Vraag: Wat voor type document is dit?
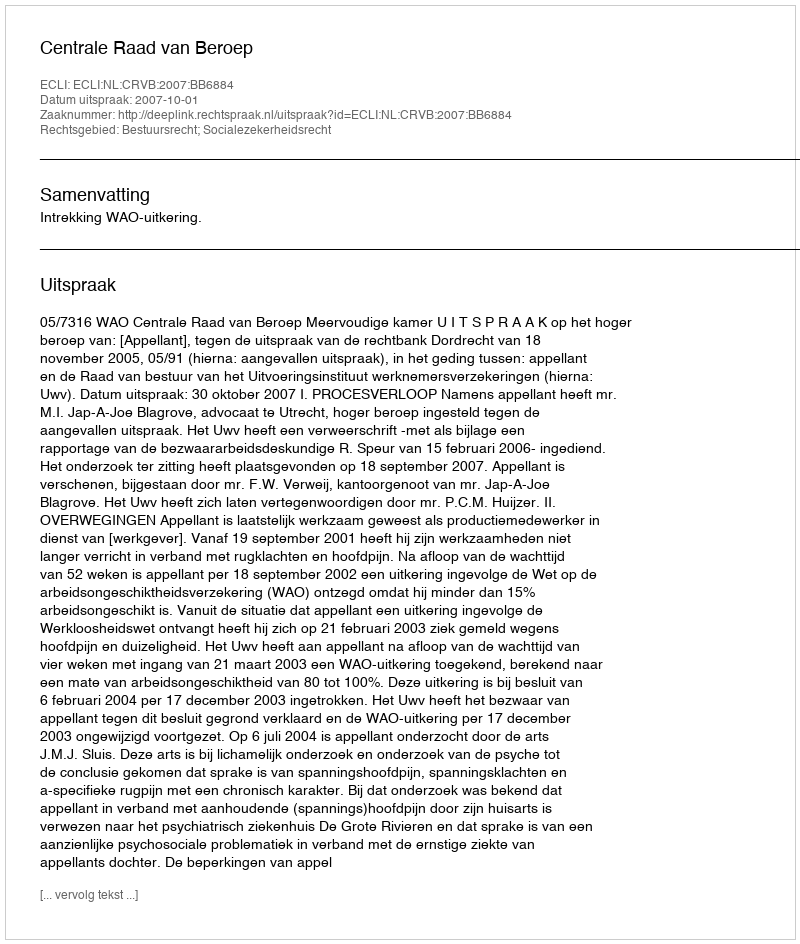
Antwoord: Uitspraak